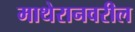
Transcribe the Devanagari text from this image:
माथेरानवरील